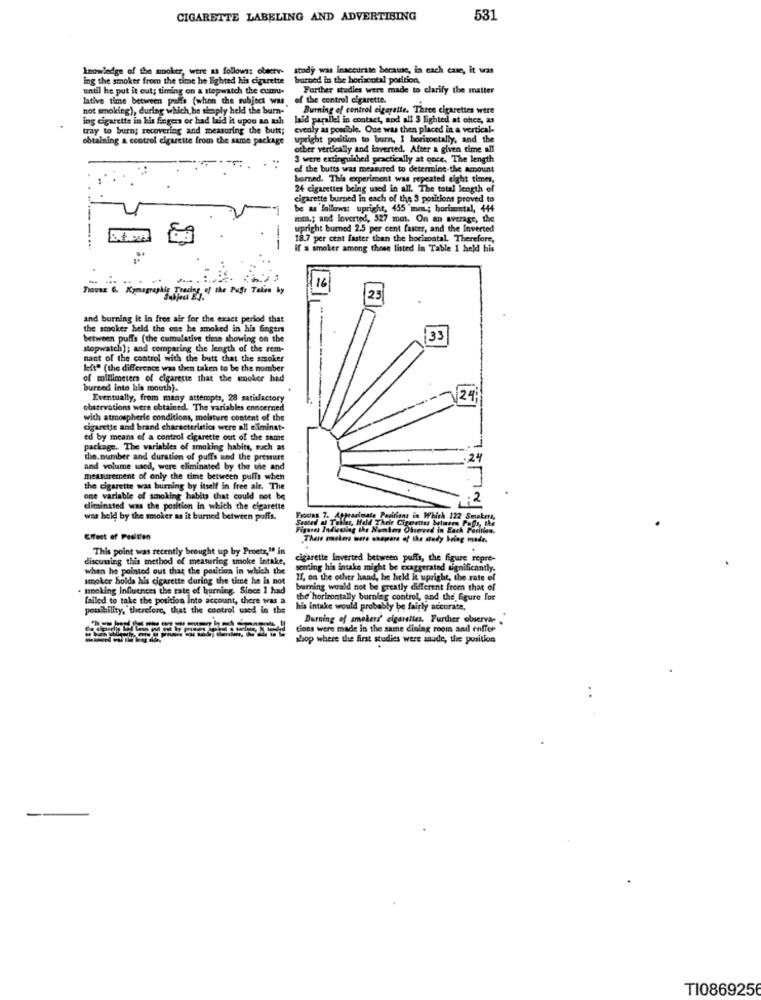
CIGARETTE LABELING AND ADVERTISING
531
knowledge of the smoker, were as follows: observ- study was inaccurate became, in each case, it was
study was inaccurate became, in each case, it was
ing the smoker from the time he lighted his cigarette
barned in the horisontal position.
until he put it out; timing on a stopwatch the cumu-
Further studies were made to clarify the matter
lative time between puffs (when the subject was
of the control cigarette.
not smoking), during which he simply held the burn-
Burning of control cigarette. Three cigarettes were
ing cigarette in his fingers or had laid it upon an al
laid parallel in contact, and all $ lighted at chce, as
tray to burn; recovering and measuring the butt;
evenly as posible. One was then placed in a vertical-
obtaining & control cigarette from the same package
upright position to burn, 1 horizontally, and the
other vertically and inverted. After a given time all
3 were extinguithed practically at once. The length
of the butts was measured to determine-the Amount
burned. This experiment was repeated eight times,
24 cigarettes being used in all. The total length of
cigarette burned in each of the 3 positions proved to
be as follows: upright, 455 mm; horizontal, 444
mal .; and inverted, 527 mm. On an average, the
upright burned 2.5 per cent faster, and the Inverted
18.7 per cent faster than the horizontal. Therefore,
if a smoker among those listed in Table 1 held his
reghig Fracry, of the Pufs Talen by
116
25
and burning it in free air for the exact period that
the smoker held the one he smoked in his fingers
between puffs (the cumulative time showing on the
33
stopwatch); and comparing the length of the rem-
nant of the control with the butt that the smoker
left" (the difference was then taken to be the number
of millimeters of cigarette that the smoker had
burned into his mouth).
Eventually, from many attempts, 28 satisfactory
24
observations were obtained. The variables concerned
with atmospheric conditions, moisture content of the
cigarette and brand characteristics were all eliminst-
ed by means of a control cigarette out of the same
package. The variables of smoking habits, such as
the. number and duration of puffs and the pressure
and volume used, were eliminated by the use and
measurement of only the time between puffs when
the cigarette was burning by itself in free air. The
one variable of smoking habits that could not be
eliminated was the position in which the cigarette
was held by the smoker as it burned between puffs.
Pasirions in Which 122 Smokers,
Seated af Toller, Hold The
Effect of Pesitten
There mokers were unaware of the study being made.
This point was recently brought up by Proetz," in
discussing this method of measuring smoke intake,
cigarette inverted between puffs, the figure repre-
when he pointed out that the position in which the
senting his intake might be exaggerated significantly.
smoker holds his cigarette during the time he is not
If, on the other hand, he held it upright, the rate of
treking Influences the rate of burning. Since I had
burning would not be greatly different from that of
failed to take the position into account, there was a
the horizontally burning control, and the figure for
possibility, therefore, that the control used in the
his intake would probably be fairly accurate.
Burning of smokers' cigarettes. Further observa- .
tions were made in the same dining room and enffer
shop where the first studies were made, the position
TI0869256